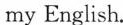
my English.